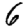
Digit: 6